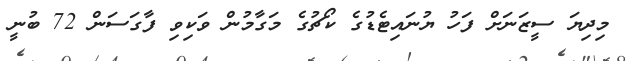
މިދިޔަ ސީޒަނަށް ފަހު ޔުނައިޓެޑުގެ ކޯޗުގެ މަގާމުން ވަކިވި ފާގަސަން 72 ބުނީ